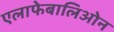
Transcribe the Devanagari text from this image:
एलाफेबालिओन